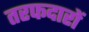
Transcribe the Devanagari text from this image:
तरफदारों